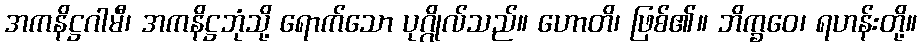
အကနိဋ္ဌဂါမီ၊ အကနိဋ္ဌဘုံသို့ ရောက်သော ပုဂ္ဂိုလ်သည်။ ဟောတိ၊ ဖြစ်၏။ ဘိက္ခဝေ၊ ရဟန်းတို့။